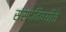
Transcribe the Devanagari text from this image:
संसदेविषयीचे